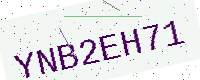
Text: YNB2EH71